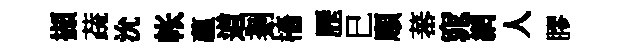
擷蔬沇帐藴道剗檣歷巳頋蕃窕網人膠